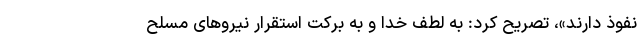
نفوذ دارند»، تصریح کرد: به لطف خدا و به برکت استقرار نیروهای مسلح